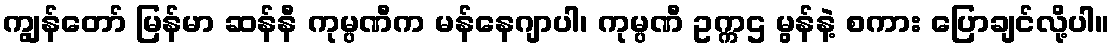
ကျွန်တော် မြန်မာ ဆန်နီ ကုမ္ပဏီက မန်နေဂျာပါ၊ ကုမ္ပဏီ ဥက္ကဌ မွန်နဲ့ စကား ပြောချင်လို့ပါ။